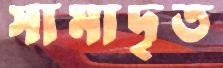
সামাদৃত